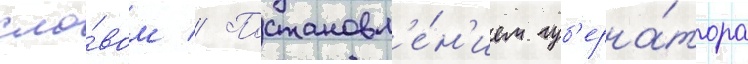
сло́вом // Постановл'е́н'ием губ'ерна́тора